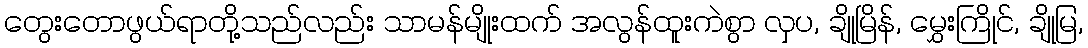
တွေးတောဖွယ်ရာတို့သည်လည်း သာမန်မျိုးထက် အလွန်ထူးကဲစွာ လှပ, ချိုမြိန်, မွှေးကြိုင်, ချိုမြ,